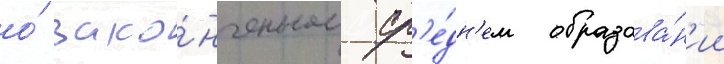
о́ зако́нченном ср'е́дн'ем образова́н'ии